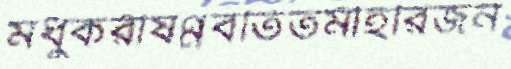
মধুকরীষণ্ণবতিতমীহরিজন